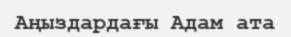
Аңыздардағы Адам ата